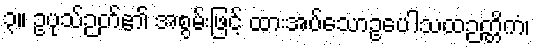
၃။ ဥပုသ်ဉတ်၏ အစွမ်းဖြင့် ထားအပ်သောဥပေါသထဉတ္တိကံ၊